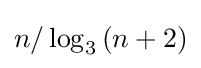
n/\log _{3}{(n+2)}